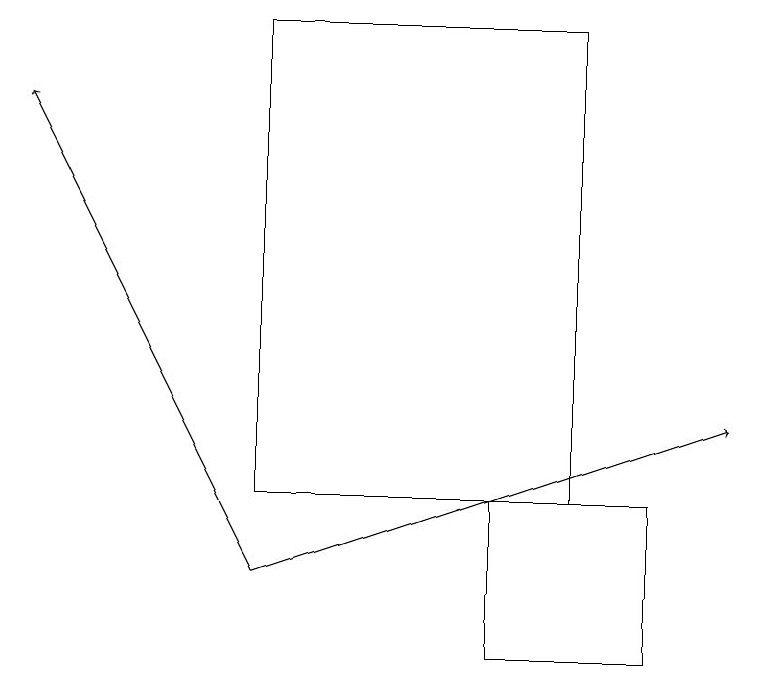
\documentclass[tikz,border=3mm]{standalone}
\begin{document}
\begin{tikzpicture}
\draw[->] (3,12) -- (9,14);
\draw[->] (3,12) -- (0,18);
\draw (8,13) rectangle (6,11);
\draw (7,13) rectangle (3,19);
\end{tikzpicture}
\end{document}